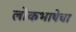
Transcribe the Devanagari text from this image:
लोकभाषेचा